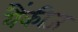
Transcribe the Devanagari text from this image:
यैंकीज